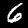
Label: 6